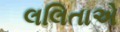
લલિતાએ